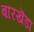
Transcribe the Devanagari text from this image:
बॊरखॆडा